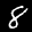
Digit: 8